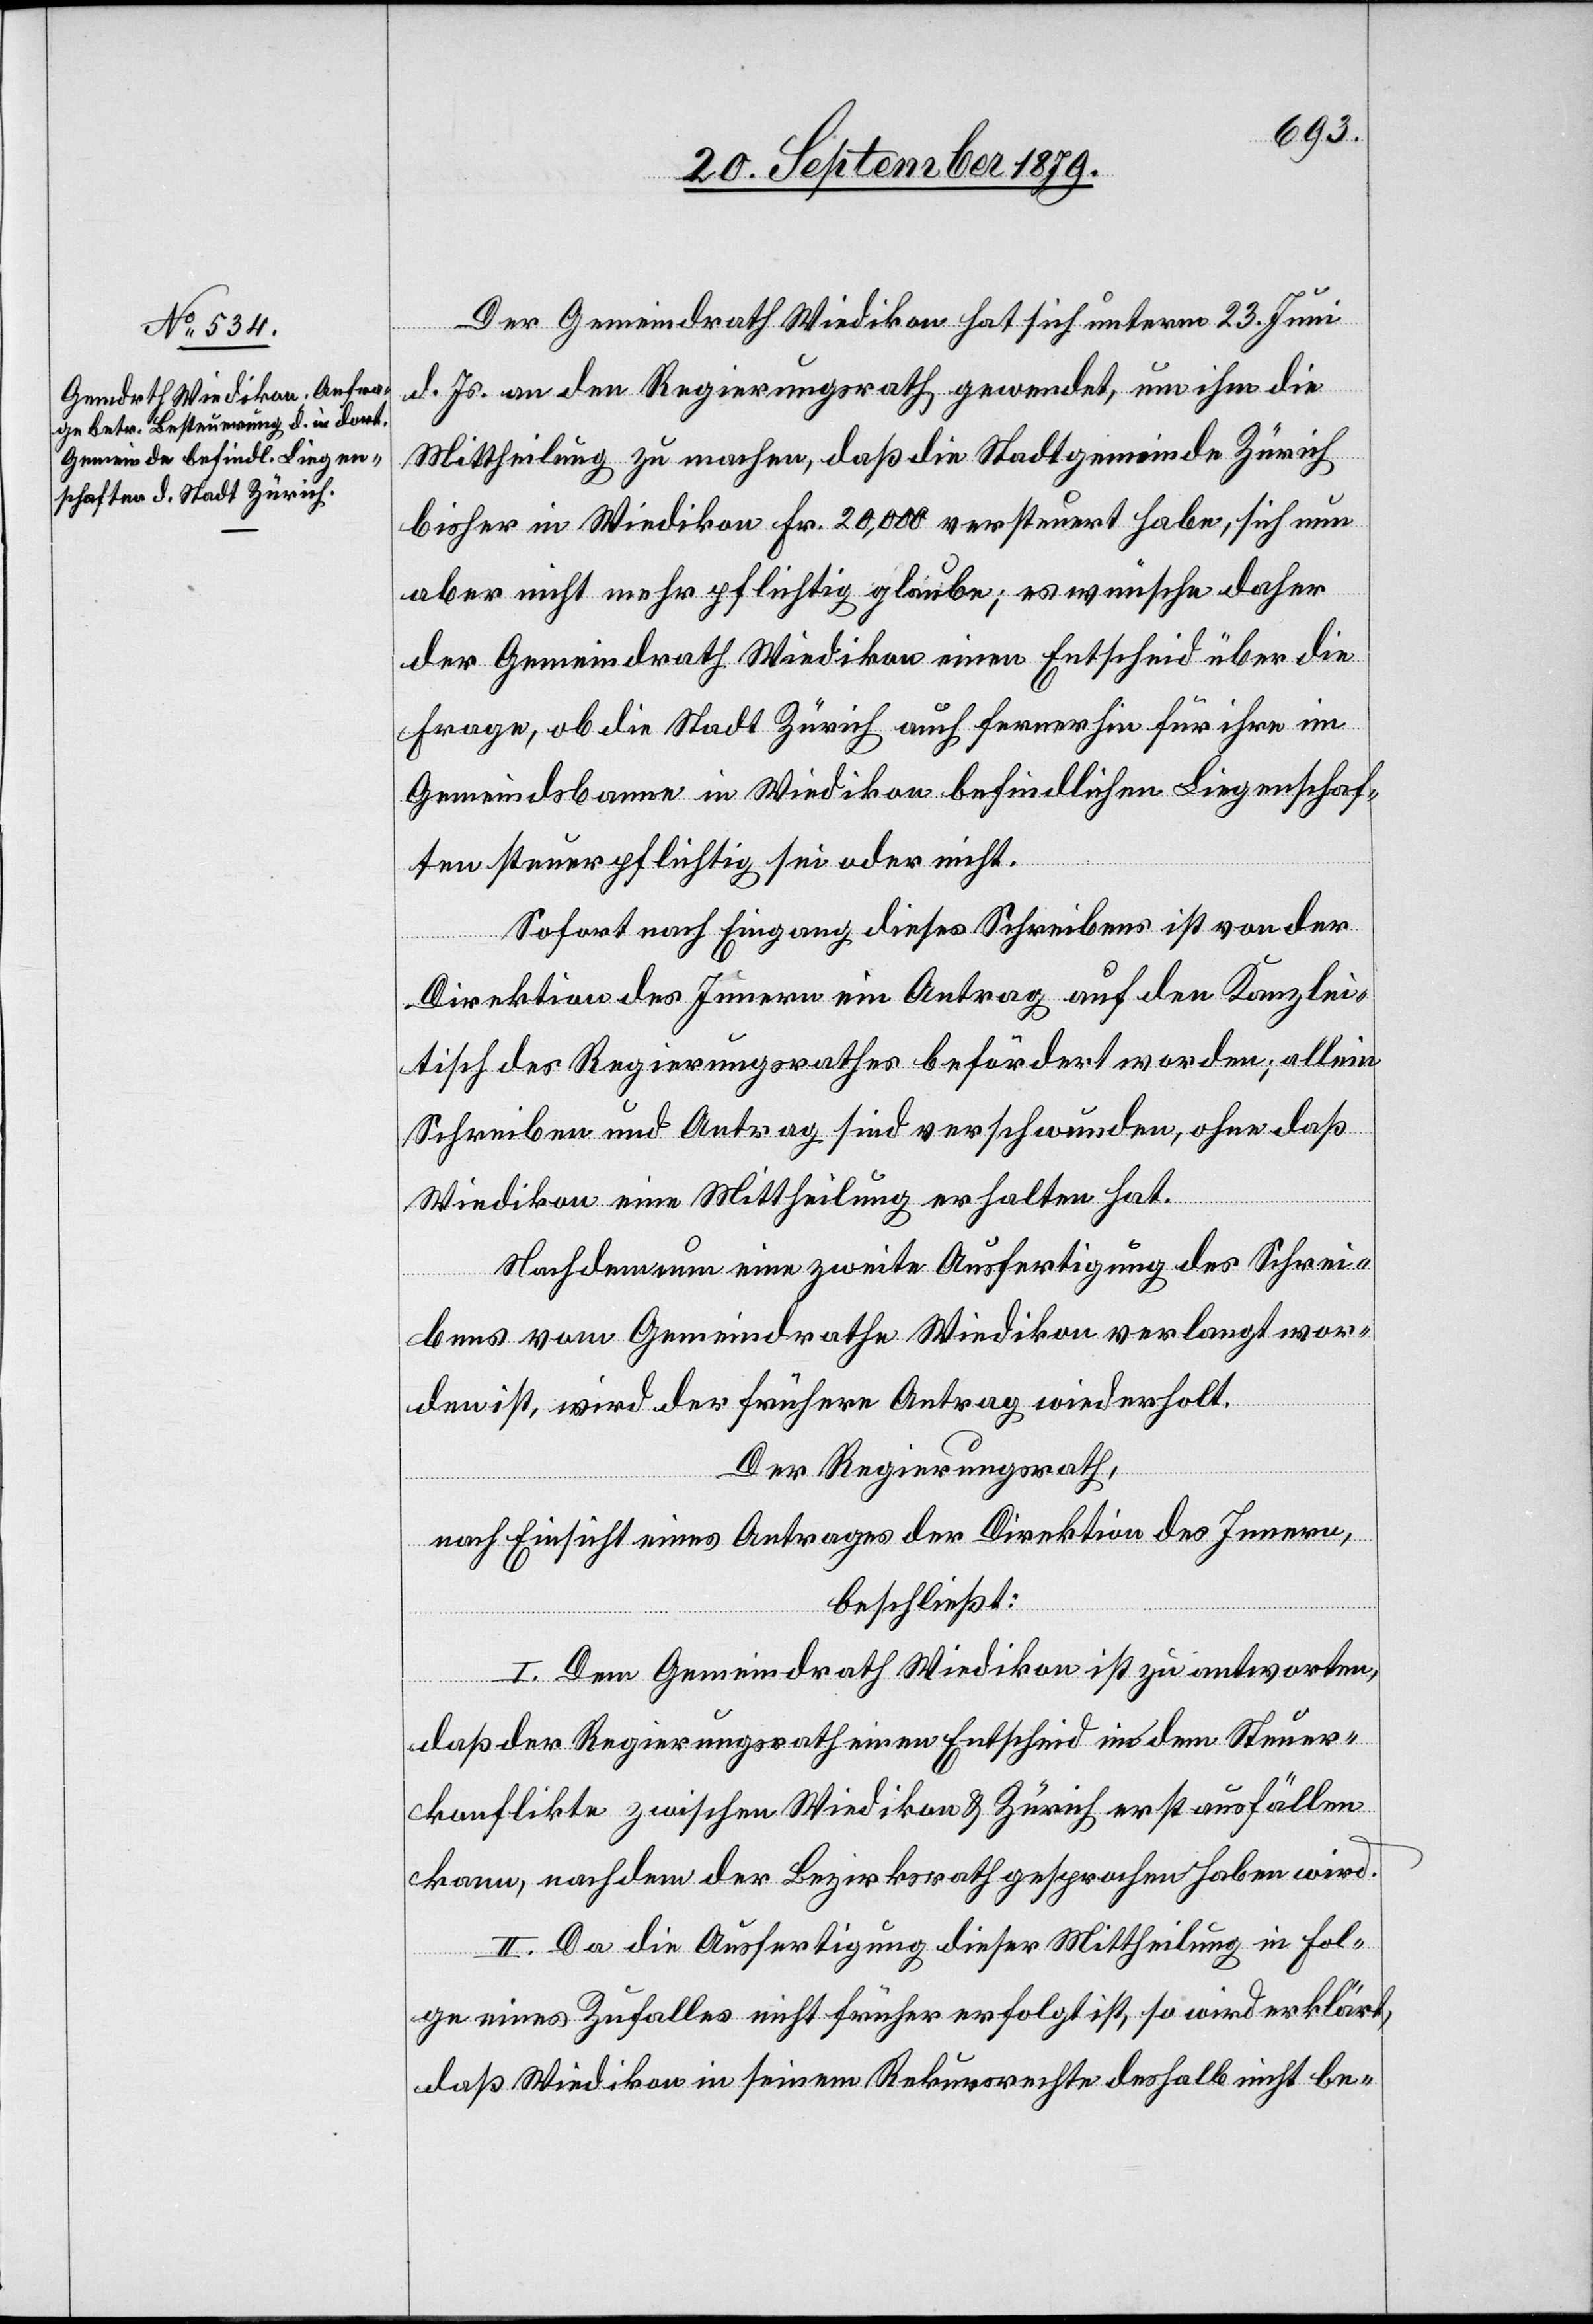
Der Gemeindrath Wiedikon hat sich unterm 23. Juni
d. Js. an den Regierungsrath gewendet, um ihm die
Mittheilung zu machen, daß die Stadtgemeinde Zürich
bisher in Wiedikon Fr. 20,000 versteuert habe, sich nun
aber nicht mehr pflichtig glaube; es wünsche daher
der Gemeindrath Wiedikon einem Entscheid über die
Frage, ob die Stadt Zürich auch fernerhin für ihre im
Gemeindsbanne in Wiedikon befindlichen Liegenschaf¬
ten steuerpflichtig sei oder nicht.
Sofort nach Eingang dieses Schreibens ist von der
Direktion des Innern ein Antrag auf den Kanzlei¬
tisch des Regierungsrathes befördert worden; allein
Schreiben und Antrag sind verschwunden, ohne daß
Wiedikon eine Mittheilung erhalten hat.
Nachdem nun eine zweite Ausfertigung des Schrei¬
bens vom Gemeindrathe Wiedikon verlangt wor¬
den ist, wird der frühere Antrag wiederholt.
Der Regierungsrath,
nach Einsicht eines Antrages der Direktion des Innern,
beschließt:
I. Dem Gemeindrath Wiedikon ist zu antworten,
daß der Regierungsrath einen Entscheid in dem Steuer¬
konflikte zwischen Wiedikon & Zürich erst ausfällen
kann, nachdem der Bezirksrath gesprochen haben wird.
II. Da die Ausfertigung dieser Mittheilung in Fol¬
ge eines Zufalles nicht früher erfolgt ist, so wird erklärt,
daß Wiedikon in seinem Rekursrechte deshalb nicht be-